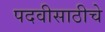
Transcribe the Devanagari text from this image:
पदवीसाठीचे